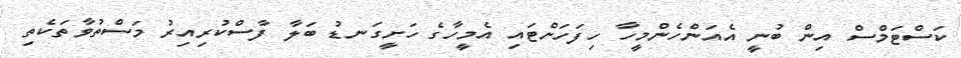
ކަސްޓަމްސް އިން ބުނީ އެއަންހެންމީހާ ހިފަހަށްޓައި އެމީހާގެ ހަށީގަނޑު ބަލާ ފާސްކުރިއިރު މަސްތުވާތަކެތި